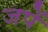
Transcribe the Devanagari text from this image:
जपें